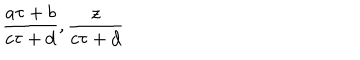
LaTeX: { \frac { a \tau + b } { c \tau + d } } , { \frac { z } { c \tau + d } }